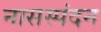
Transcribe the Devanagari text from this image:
नासस्पंदन